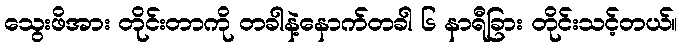
သွေးဖိအား တိုင်းတာကို တခါနဲ့နောက်တခါ ၆ နာရီခြား တိုင်းသင့်တယ်။